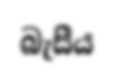
බැසීය